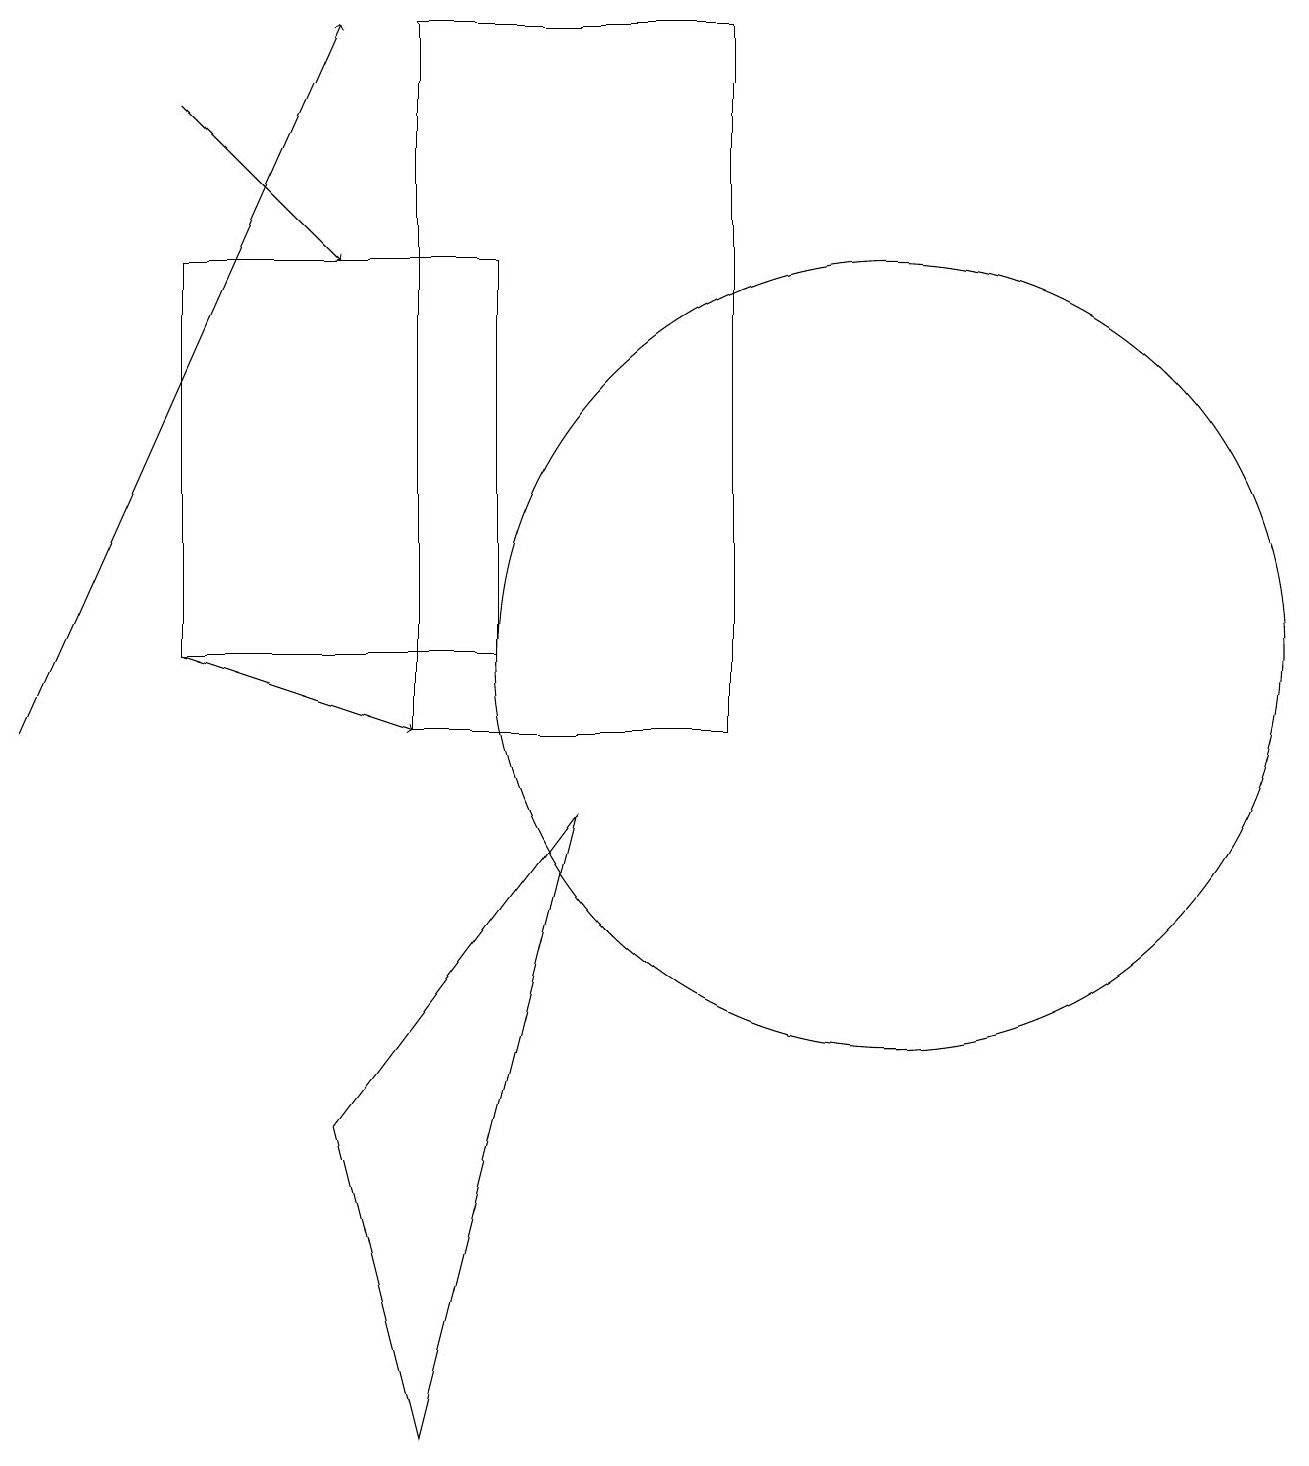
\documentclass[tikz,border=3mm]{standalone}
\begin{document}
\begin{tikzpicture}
\draw (11,11) circle (5);
\draw (7,9) -- (5,1) -- (4,5) -- cycle;
\draw (9,19) rectangle (5,10);
\draw[->] (2,18) -- (4,16);
\draw[->] (2,11) -- (5,10);
\draw[->] (0,10) -- (4,19);
\draw (2,16) rectangle (6,11);
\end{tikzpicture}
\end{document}